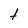
Character: t